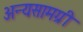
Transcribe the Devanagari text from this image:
अन्यसामग्री